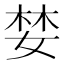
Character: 婪